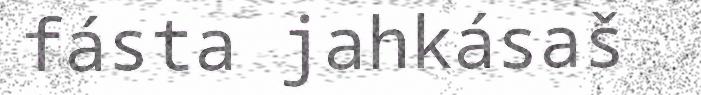
fásta jahkásaš